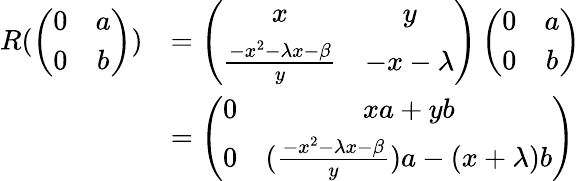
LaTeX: \begin{array}{rl}{R(\left(\begin{array}{cc}{0}&{a}\\ {0}&{b}\end{array}\right))}&{=\left(\begin{array}{cc}{x}&{y}\\ {\frac{-x^{2}-\lambda x-\beta}{y}}&{-x-\lambda}\end{array}\right)\left(\begin{array}{cc}{0}&{a}\\ {0}&{b}\end{array}\right)}\\ &{=\left(\begin{array}{cc}{0}&{xa+yb}\\ {0}&{(\frac{-x^{2}-\lambda x-\beta}{y})a-(x+\lambda)b}\end{array}\right)}\end{array}